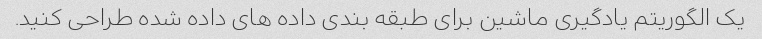
یک الگوریتم یادگیری ماشین برای طبقه بندی داده های داده شده طراحی کنید.